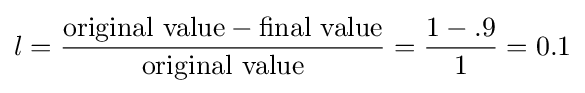
l={\frac {{\text{original value}}-{\text{final value}}}{\text{original value}}}={\frac {1-.9}{1}}=0.1